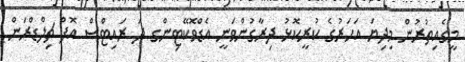
މީގެއިތުރުން މިދިޔަ އަހަރުގެ ކުރީކޮޅު ދިރާގުންވަނީ އެޑްވޮކޭޓިންގ ދަ ރައިޓްސް އޮފް ޗިލްޑްރަން